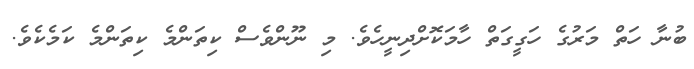
ބުނާ ހަތް މަރުގެ ހަގީގަތް ހާމަކޮށްދިނީހެވެ. މި ނޫންވެސް ކިތަންމެ ކިތަންމެ ކަމެކެވެ.